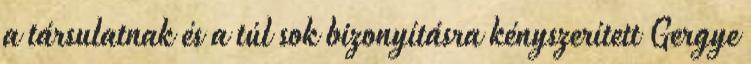
a társulatnak és a túl sok bizonyításra kényszerített Gergye